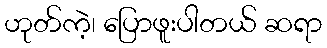
ဟုတ်ကဲ့၊ ပြောဖူးပါတယ် ဆရာ